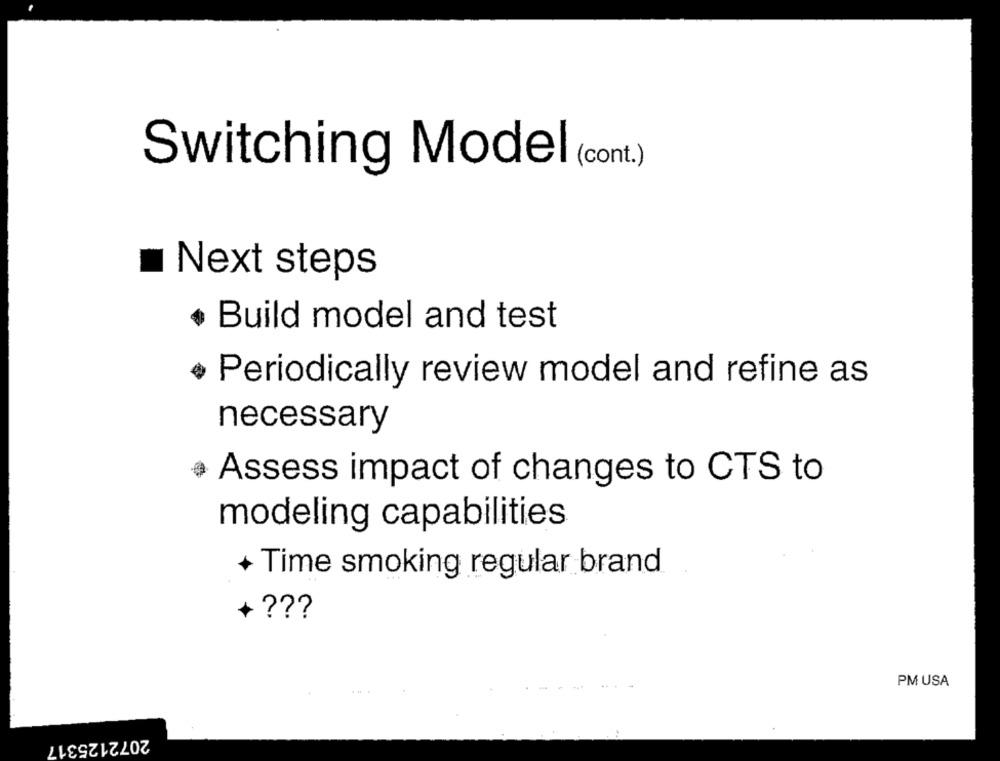
Switching Model (cont.)
Next steps
Build model and test
.
Periodically review model and refine as
necessary
Assess impact of changes to CTS to
modeling capabilities
+ Time smoking regular brand
+ ???
PM USA
.. .
2072125317